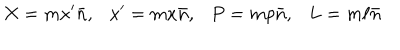
LaTeX: X = m x ^ { \prime } \bar { n } , x ^ { \prime } = m x \bar { n } , P = m p \bar { n } , L = m \ell \bar { n }